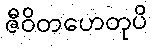
ဇီဝိတဟေတုပိ